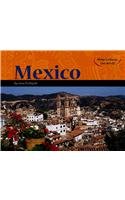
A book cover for Mexico (Many Cultures, One World); Gina DeAngelis; Children's Books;